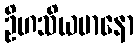
ဦဟသိယမာနော